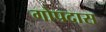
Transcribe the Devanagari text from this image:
गोपदास